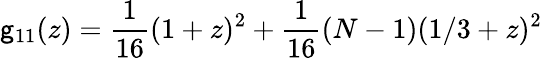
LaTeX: \mathsf{g}_{11}(z)=\frac{{1}}{{16}}(1+z)^{2}+\frac{{1}}{{16}}(N-1)(1/3+z)^{2}